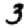
Digit: 3